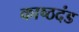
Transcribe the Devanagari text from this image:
काष्ठदंड